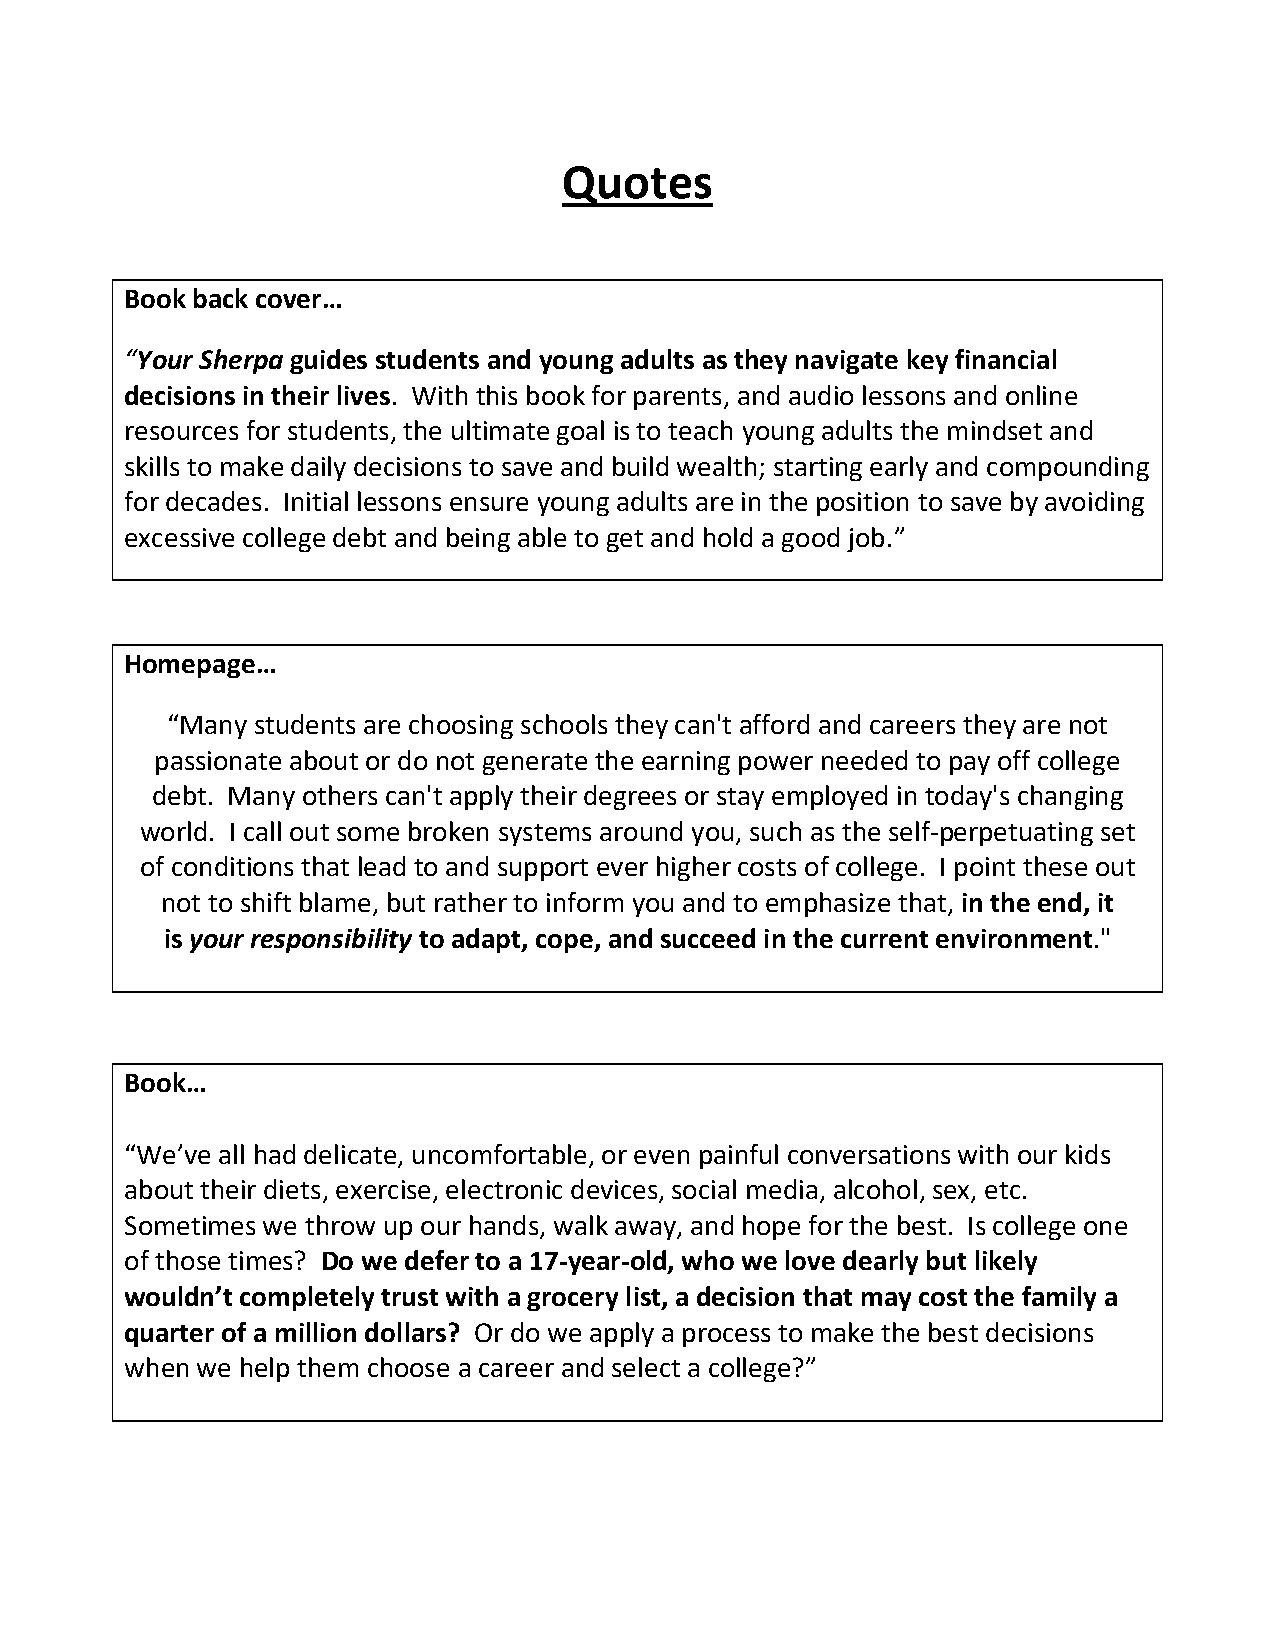
Quotes
 Book back cover…
 “Your Sherpa guides students and young adults as they navigate key financial
 decisions in their lives. With this book for parents, and audio lessons and online
 resources for students, the ultimate goal is to teach young adults the mindset and
 skills to make daily decisions to save and build wealth; starting early and compounding
 for decades. Initial lessons ensure young adults are in the position to save by avoiding
 excessive college debt and being able to get and hold a good job.”
 Homepage…
 “Many students are choosing schools they can't afford and careers they are not
 passionate about or do not generate the earning power needed to pay off college
 debt. Many others can't apply their degrees or stay employed in today's changing
 world. I call out some broken systems around you, such as the self-perpetuating set
 of conditions that lead to and support ever higher costs of college. I point these out
 not to shift blame, but rather to inform you and to emphasize that, in the end, it
 is your responsibility to adapt, cope, and succeed in the current environment."
 Book…
 “We’ve all had delicate, uncomfortable, or even painful conversations with our kids
 about their diets, exercise, electronic devices, social media, alcohol, sex, etc.
 Sometimes we throw up our hands, walk away, and hope for the best. Is college one
 of those times? Do we defer to a 17-year-old, who we love dearly but likely
 wouldn’t completely trust with a grocery list, a decision that may cost the family a
 quarter of a million dollars? Or do we apply a process to make the best decisions
 when we help them choose a career and select a college?”